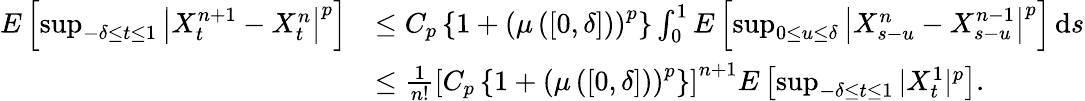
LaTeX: \begin{array}{rl}{E\left[\operatorname*{sup}_{-\delta\leq t\leq 1}\left|X_{t}^{n+1}-X_{t}^{n}\right|^{p}\right]}&{\leq C_{p}\left\{ 1+\left(\mu\left(\left[0,\delta\right]\right)\right)^{p}\right\} \int_{0}^{1}E\left[\operatorname*{sup}_{0\leq u\leq\delta}\left|X_{s-u}^{n}-X_{s-u}^{n-1}\right|^{p}\right]\, \mathrm{d}s}\\ &{\leq\frac{1}{n!}\left[C_{p}\left\{ 1+\left(\mu\left(\left[0,\delta\right]\right)\right)^{p}\right\} \right]^{n+1}E\left[\operatorname*{sup}_{-\delta\leq t\leq 1}|X_{t}^{1}|^{p}\right].}\end{array}